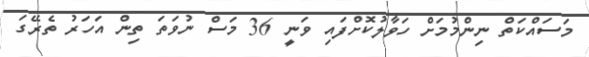
މަސައްކަތް ނިންމުމަށް ހަވާލުކޮށްފައި ވަނީ 36 މަސް ނުވަތަ ތިން އަހަރު ތެރޭގަ